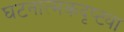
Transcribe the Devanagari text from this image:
घटनात्मकदृष्ट्या